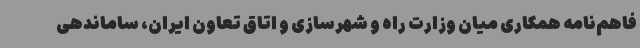
فاهم‌نامه همکاری میان وزارت راه و شهرسازی و اتاق تعاون ایران، ساماندهی